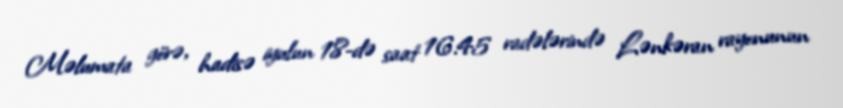
Məlumata görə, hadisə iyulun 18-də saat 16.45 radələrində Lənkəran rayonunun